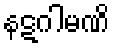
နဋဂါမဏိ